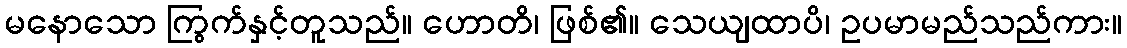
မနောသော ကြွက်နှင့်တူသည်။ ဟောတိ၊ ဖြစ်၏။ သေယျထာပိ၊ ဥပမာမည်သည်ကား။